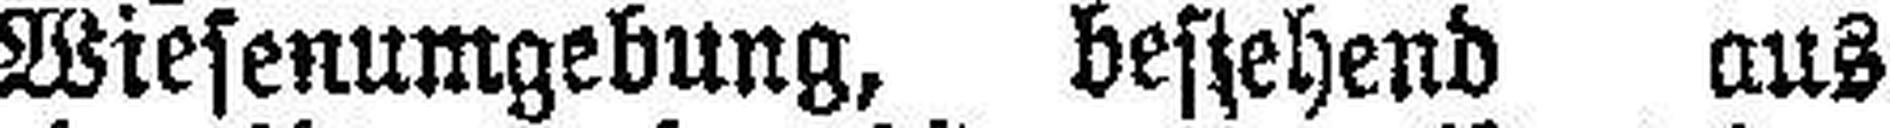
Wiesenumgebung, bestehend aus